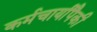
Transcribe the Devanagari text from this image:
कर्मचार्यांपैकी